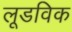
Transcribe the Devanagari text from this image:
लूडविक